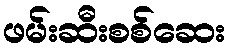
ဖမ်းဆီးစစ်ဆေး